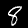
Label: 8